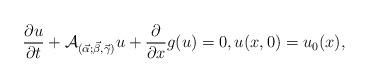
LaTeX: \begin{align*}\frac{\partial u}{\partial t} + {\cal A}_ {(\vec \alpha;\vec \beta, \vec \gamma)}u + \frac{\partial}{\partial x} g(u) = 0, u(x,0) = u_0(x), \end{align*}